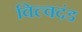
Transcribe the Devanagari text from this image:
विल्वदंड